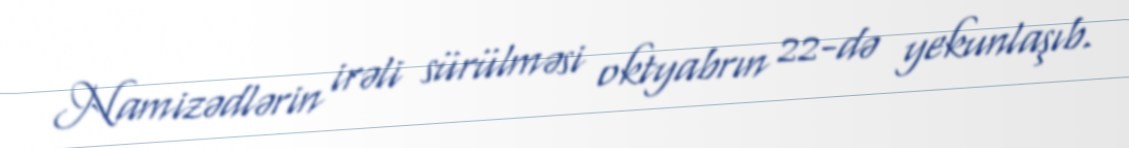
Namizədlərin irəli sürülməsi oktyabrın 22-də yekunlaşıb.